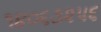
૧૪૦૬૩૨૫૬